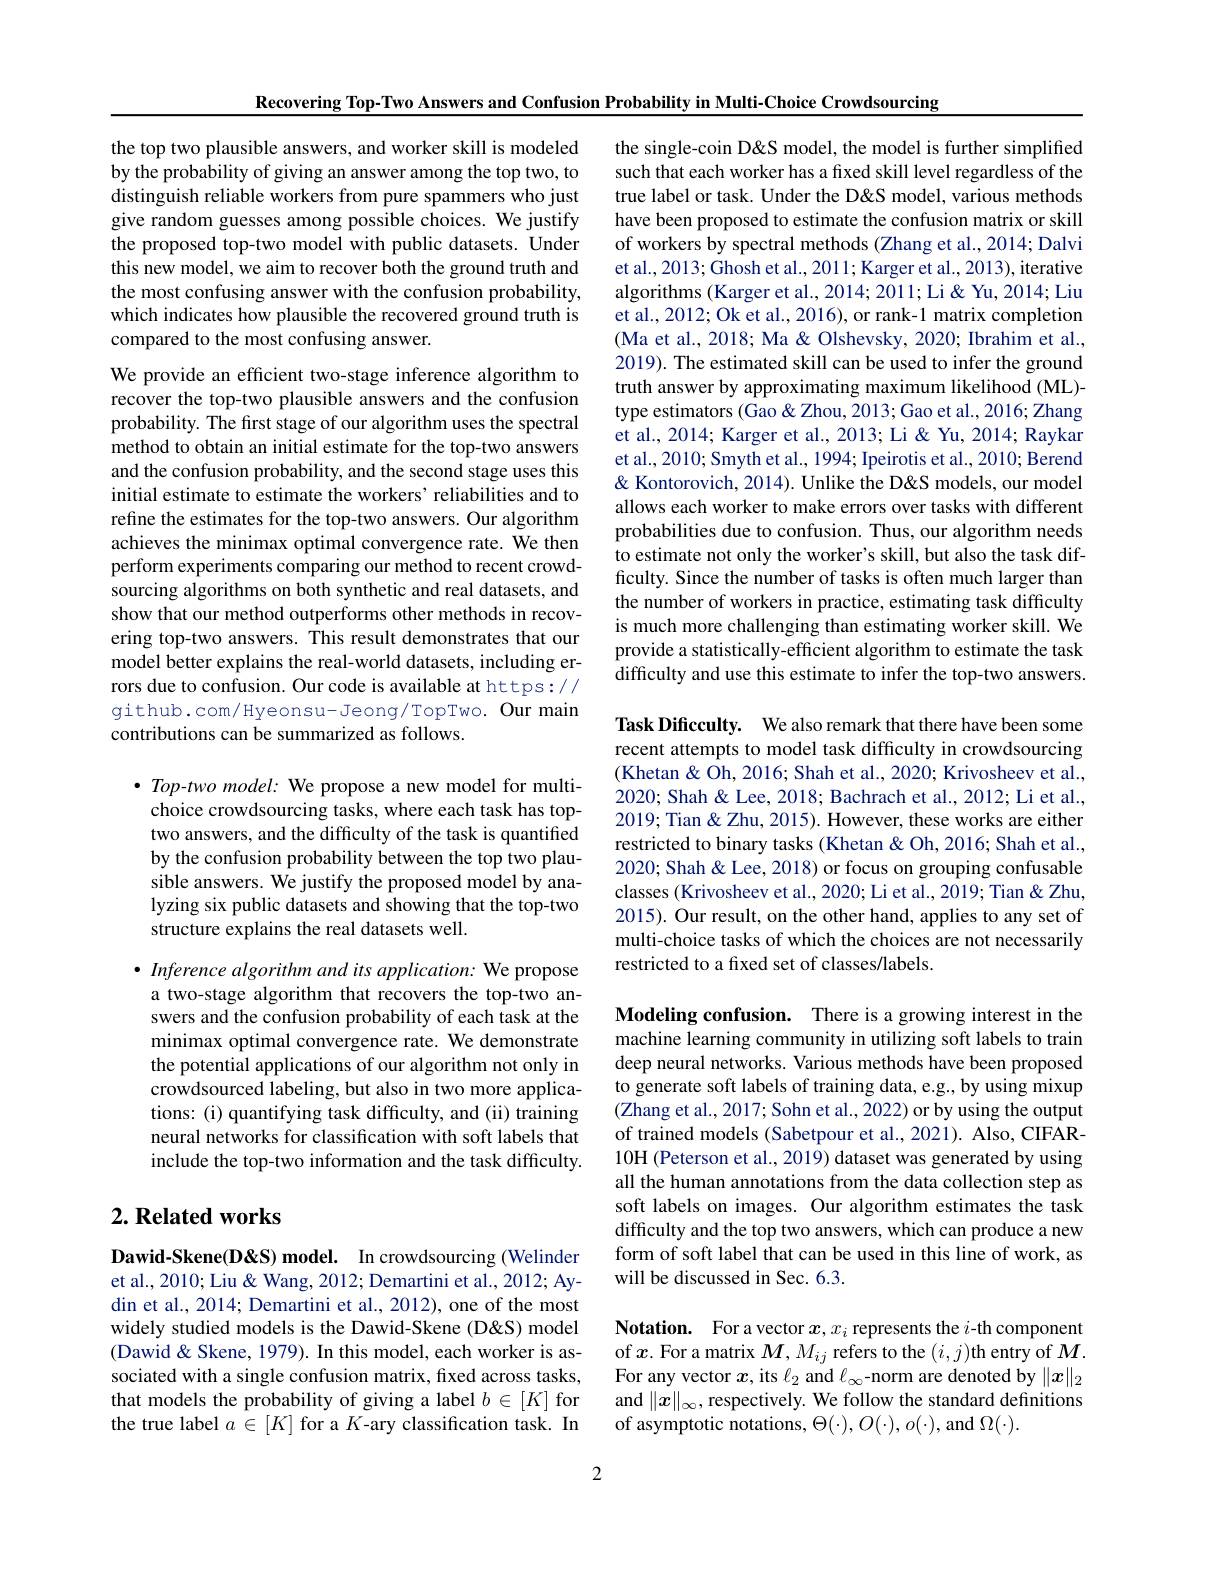
Recovering Top-Two Answers and Confusion Probability in Multi-Choice Crowdsourcing

the top two plausible answers, and worker skill is modeled by the probability of giving an answer among the top two, to distinguish reliable workers from pure spammers who just give random guesses among possible choices. We justify the proposed top-two model with public datasets. Under this new model, we aim to recover both the ground truth and the most confusing answer with the confusion probability, which indicates how plausible the recovered ground truth is compared to the most confusing answer.

We provide an efficient two-stage inference algorithm to recover the top-two plausible answers and the confusion probability. The first stage of our algorithm uses the spectral method to obtain an initial estimate for the top-two answers and the confusion probability, and the second stage uses this initial estimate to estimate the workers' reliabilities and to refine the estimates for the top-two answers. Our algorithm achieves the minimax optimal convergence rate. We then perform experiments comparing our method to recent crowdsourcing algorithms on both synthetic and real datasets, and show that our method outperforms other methods in recovering top-two answers. This result demonstrates that our model better explains the real-world datasets, including errors due to confusion. Our code is available at https:// github.com/Hyeonsu-Jeong/TopTwo. Our main contributions can be summarized as follows.

$\bullet$ Top-two model: We propose a new model for multichoice crowdsourcing tasks, where each task has toptwo answers, and the difficulty of the task is quantified by the confusion probability between the top two plausible answers. We justify the proposed model by analyzing six public datasets and showing that the top-two structure explains the real datasets well.

$\bullet$ Inference algorithm and its application: We propose a two-stage algorithm that recovers the top-two answers and the confusion probability of each task at the minimax optimal convergence rate. We demonstrate the potential applications of our algorithm not only in crowdsourced labeling, but also in two more applications: (i) quantifying task difficulty, and (ii) training neural networks for classification with soft labels that include the top-two information and the task difficulty

## $2. \textbf{Related works}$

Dawid-Skene(D<S) model. In crowdsourcing (Welinder et al., 2010; Liu & Wang, 2012; Demartini et al., 2012; Aydin et al., 2014; Demartini et al., 2012), one of the most widely studied models is the Dawid-Skene (D&S) model (Dawid & Skene, 1979). In this model, each worker is associated with a single confusion matrix, fixed across tasks, that models the probability of giving a label $b\in[K]$ for the true label $a\in[K]$ for a $K$-ary classification task. In

the single-coin D&S model, the model is further simplified such that each worker has a fixed skill level regardless of the true label or task. Under the D&S model, various methods have been proposed to estimate the confusion matrix or skill of workers by spectral methods (Zhang et al., 2014; Dalvi et al.,2013; Ghosh et al., 2011; Karger et al., 2013), iterative algorithms (Karger et al., 2014; 2011; Li & 2014; Liu et al., 2012; Ok et al., 2016), or rank-1 matrix completion (Ma et al., 2018; Ma & Olshevsky, 2020; Ibrahim et al., 2019). The estimated skill can be used to infer the ground truth answer by approximating maximum likelihood (ML)- type estimators (Gao &Zhou, 2013; Gao et al., 2016; Zhang et al., 2014; Karger et al., 2013; Li & 2014; Raykar et al., 2010; Smyth et al., 1994; Ipeirotis et al., 2010; Berend & Kontorovich, 2014). Unlike the D& models, our model allows each worker to make errors over tasks with different probabilities due to confusion. Thus, our algorithm needs to estimate not only the worker's skill, but also the task difficulty. Since the number of tasks is often much larger than the number of workers in practice, estimating task difficulty is much more challenging than estimating worker skill. We provide a statistically-efficient algorithm to estimate the task difficulty and use this estimate to infer the top-two answers. Task Dificculty. We also remark that there have been some

recent attempts to model task difficulty in crowdsourcing (Khetan& Oh, 2016; Shah et al., 2020; Krivosheev et al., 2020; Shah& Lee, 2018; Bachrach et al., 2012; Li et al., 2019; Tian & Zhu, 2015). However, these works are either restricted to binary tasks (Khetan & Oh, 2016; Shah et al., 2020; Shah & Lee, 2018) or focus on grouping confusable classes (Krivosheev et al., 2020; Li et al., 2019; Tian & Zhu, 2015). Our result, on the other hand, applies to any set of multi-choice tasks of which the choices are not necessarily restricted to a fixed set of classes/labels.

Modeling confusion. There is a growing interest in the machine learning community in utilizing soft labels to train deep neural networks. Various methods have been proposed to generate soft labels of training data, e.g., by using mixup $(\tilde{\text{Zhang et al., 2017; Sohn et al., 2022) or by using the output}}$ of trained models (Sabetpour et al.,2021). Also, CIFAR- 10H (Peterson et al., 2019) dataset was generated by using all the human annotations from the data collection step as soft labels on images. Our algorithm estimates the task difficulty and the top two answers, which can produce a new form of soft label that can be used in this line of work, as will be discussed in Sec. 6.3.

Notation. For a vector $x,x_i$ represents the $i$-th component of $x.$ For a matrix $M,M_{ij}$ refers to the $(i,j)$th entry of $M.$ For any vector $x$, its $\ell_2$ and $\ell_\infty$-norm are denoted by $\|x\|_2$ and $\|x\|_\infty$, respectively. We follow the standard definitions of asymptotic notations, $\Theta(\cdot),O(\cdot),o(\cdot)$, and $\Omega(\cdot).$

2